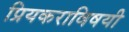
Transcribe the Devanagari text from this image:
प्रियकराविषयी